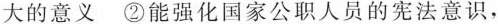
大的意义 ②能强化国家公职人员的宪法意识，